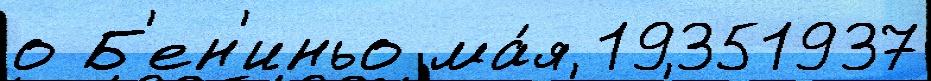
о Б'ен'иньо ма́я 19351937